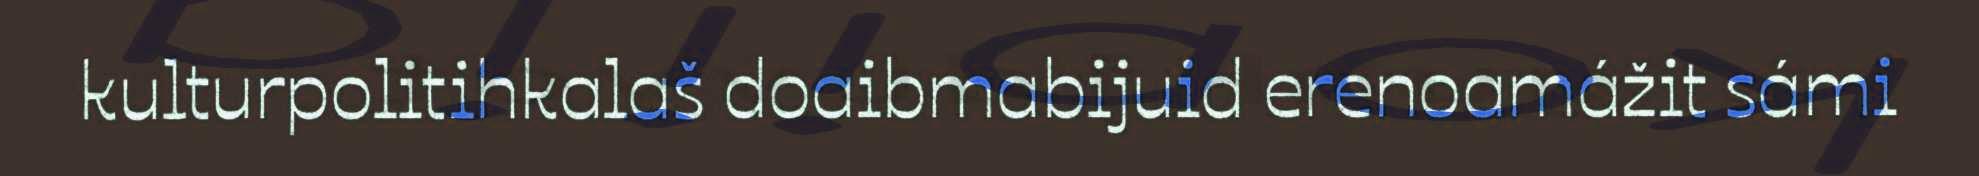
kulturpolitihkalaš doaibmabijuid erenoamážit sámi